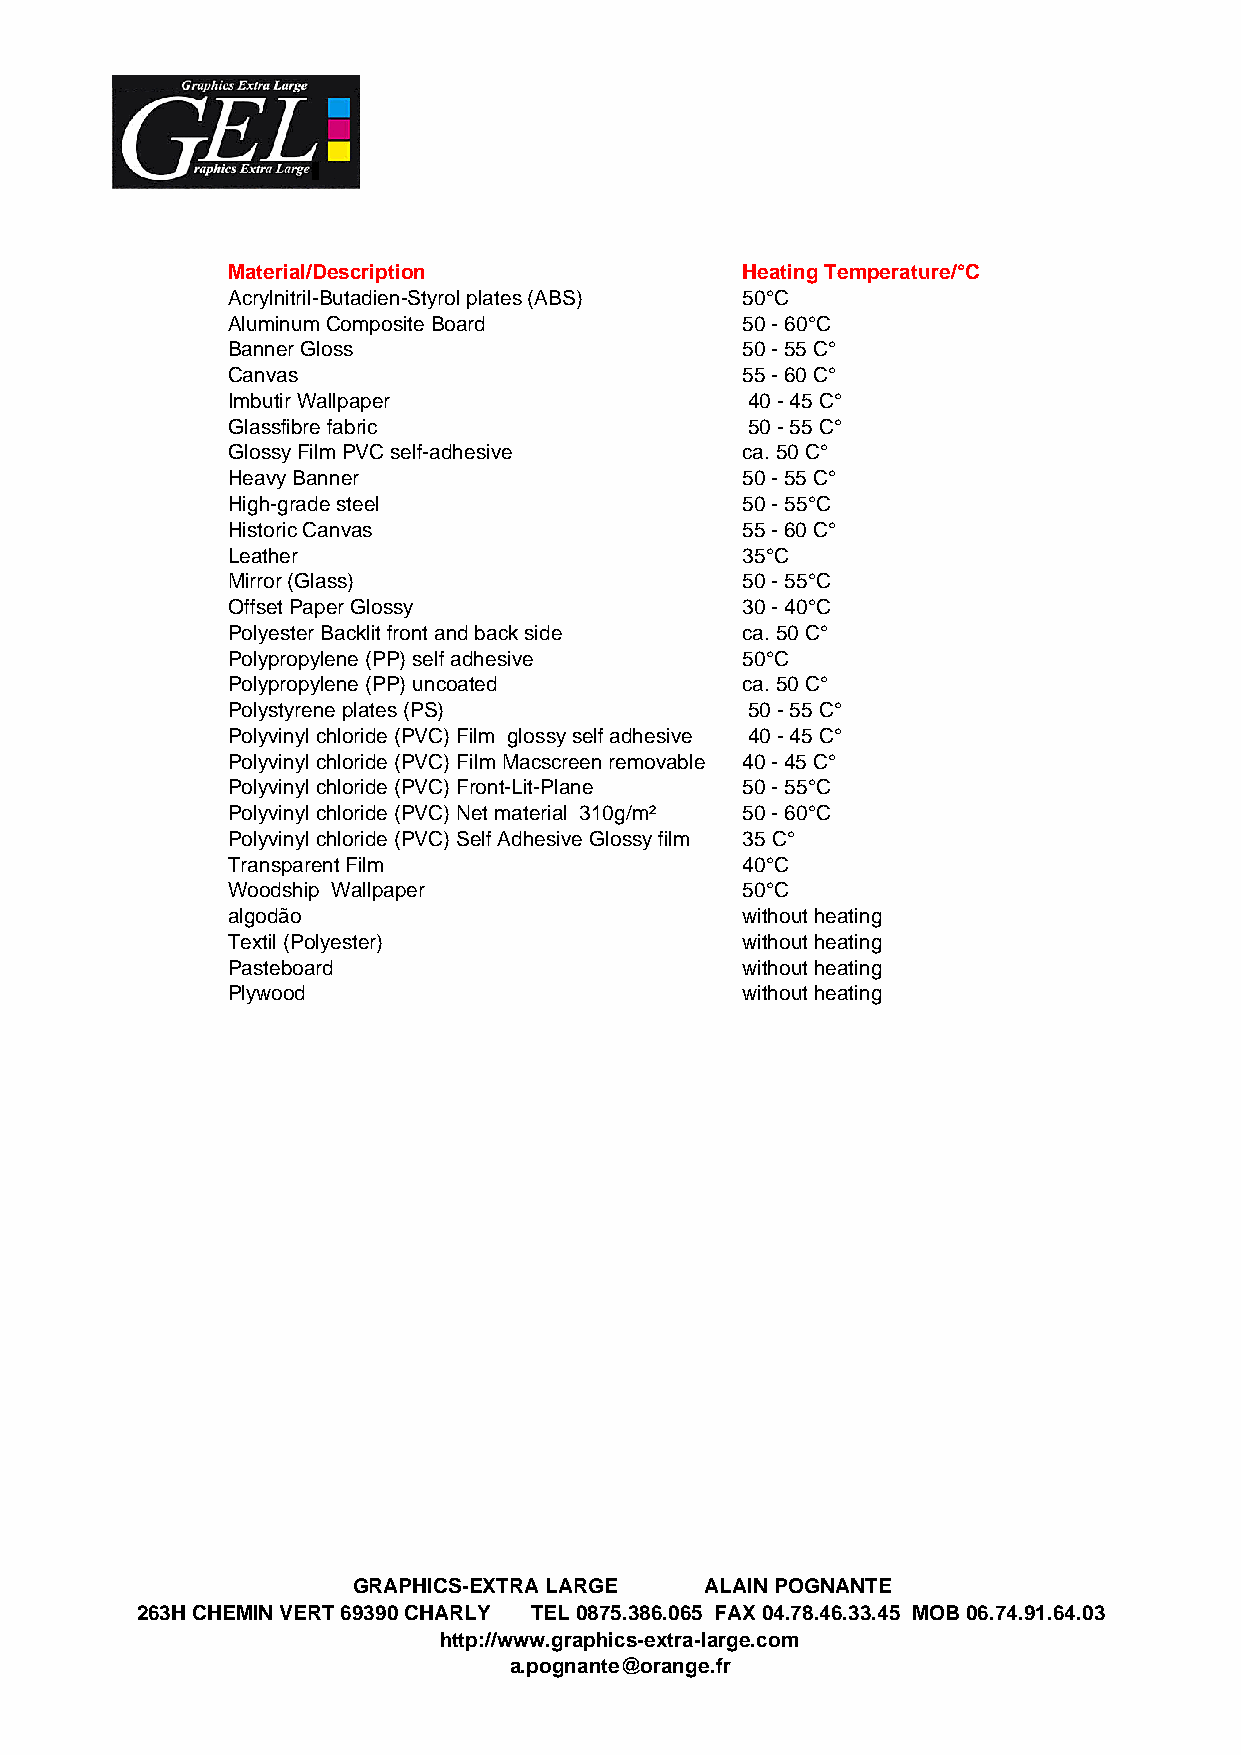
Material/Description              Heating Temperature/°C
 Acrylnitril-Butadien-Styrol plates (ABS) 50°C
 Aluminum Composite Board          50 - 60°C
 Banner Gloss                      50 - 55 C°
 Canvas                            55 - 60 C°
 Imbutir Wallpaper                  40 - 45 C°
 Glassfibre fabric                  50 - 55 C°
 Glossy Film PVC self-adhesive     ca. 50 C°
 Heavy Banner                      50 - 55 C°
 High-grade steel                  50 - 55°C
 Historic Canvas                   55 - 60 C°
 Leather                           35°C
 Mirror (Glass)                    50 - 55°C
 Offset Paper Glossy               30 - 40°C
 Polyester Backlit front and back side ca. 50 C°
 Polypropylene (PP) self adhesive  50°C
 Polypropylene (PP) uncoated       ca. 50 C°
 Polystyrene plates (PS)            50 - 55 C°
 Polyvinyl chloride (PVC) Film glossy self adhesive 40 - 45 C°
 Polyvinyl chloride (PVC) Film Macscreen removable 40 - 45 C°
 Polyvinyl chloride (PVC) Front-Lit-Plane 50 - 55°C
 Polyvinyl chloride (PVC) Net material 310g/m² 50 - 60°C
 Polyvinyl chloride (PVC) Self Adhesive Glossy film 35 C°
 Transparent Film                  40°C
 Woodship Wallpaper                50°C
 algodão                           without heating
 Textil (Polyester)                without heating
 Pasteboard                        without heating
 Plywood                           without heating
 GRAPHICS-EXTRA LARGE    ALAIN POGNANTE
 263H CHEMIN VERT 69390 CHARLY TEL 0875.386.065 FAX 04.78.46.33.45 MOB 06.74.91.64.03
 http://www.graphics-extra-large.com
 a.pognante@orange.fr